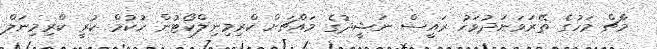
މާޗް މަހުގެ ތޭރަވަނަދުވަހު ރައީސް ނަޝީދުގެ މައްޗަށް ކްރިމިނިލްކޯޓުން ހުކުމް ކުރީ ކްރިމިނަލް